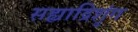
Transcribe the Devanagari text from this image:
सह्याद्रिशृंग